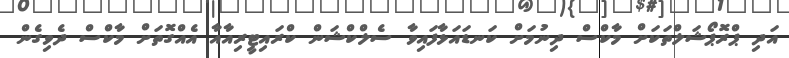
އަދި ޕްރޮޕޯޝަލްތަކަށް މާކްސް ދިނުމަށް ކަނޑައަޅާފައިވާ ސެލްކްޝަން ކްރައިޓީރިއާއާ އެއްގޮތަށް މާކްސް ދެވިގެން